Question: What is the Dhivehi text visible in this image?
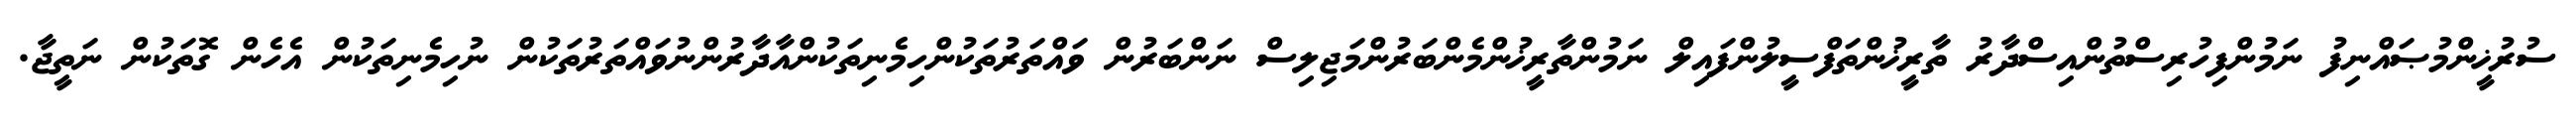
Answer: ސުރުޚީންމުޞައްނިފު ނަމުންފިހުރިސްތުންއިސްދާރު ތާރީޚުންތަފްސީލުންފައިލް ނަމުންތާރީޚުންމެންބަރުންމަޖިލިސް ނަންބަރުން ވައްތަރުތަކުންހިމެނިތަކުންއާދާރުންނުވައްތަރުތަކުން ނުހިމެނިތަކުން އެހެން ގޮތަކުން ނަތީޖާ.